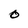
Character: O